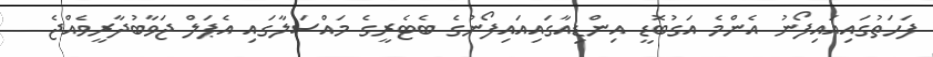
ފަހަތުގައިއައިފޯނު އެންމެ އަގުބޮޑީ އިންޑިއާގައިއައިފޯނުގެ ބެޓެރީގެ މައްސަލާގައި އެޕަލް ޖަވާބުދާރީވެއްޖެ